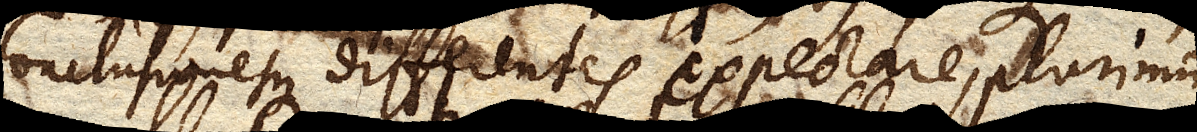
conclusionesque differentes expectare, plurimum